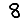
Digit: 8